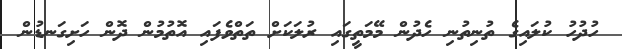
ހުދުހު ކުލައިގެ ތުނިތުނި ހެދުން މޭމަތީގައި ރުލަކަށް ތަތްވެފައި އޮތުމުން ދޮން ހަށިގަނޑުން